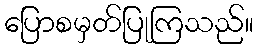
ပြောစမှတ်ပြုကြသည်။